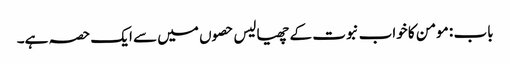
باب : مومن کا خواب نبوت کے چھیالیس حصوں میں سے ایک حصہ ہے۔